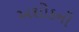
અશોકની